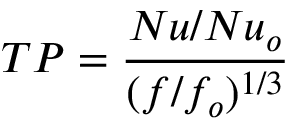
T P = \frac { N u / N u _ { o } } { ( f / f _ { o } ) ^ { 1 / 3 } }